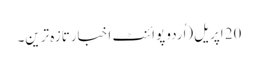
20 اپریل(اُردو پوائنٹ اخبارتازہ ترین۔